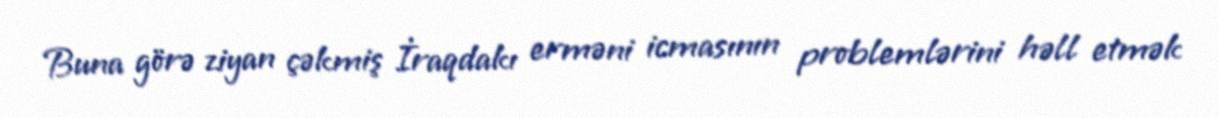
Buna görə ziyan çəkmiş İraqdakı erməni icmasının problemlərini həll etmək